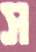
স